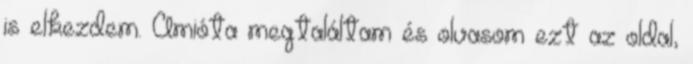
is elkezdem. Amióta megtaláltam és olvasom ezt az oldal,